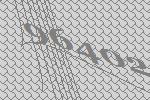
96402